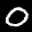
Label: 0